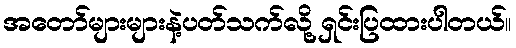
အတော်များများနဲ့ပတ်သက်လို့ ရှင်းပြထားပါတယ်။